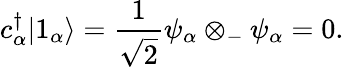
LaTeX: c_{\alpha}^{\dagger}|1_{\alpha}\rangle={\frac{1}{\sqrt{2}}}\psi_{\alpha}\otimes_{-}\psi_{\alpha}=0.